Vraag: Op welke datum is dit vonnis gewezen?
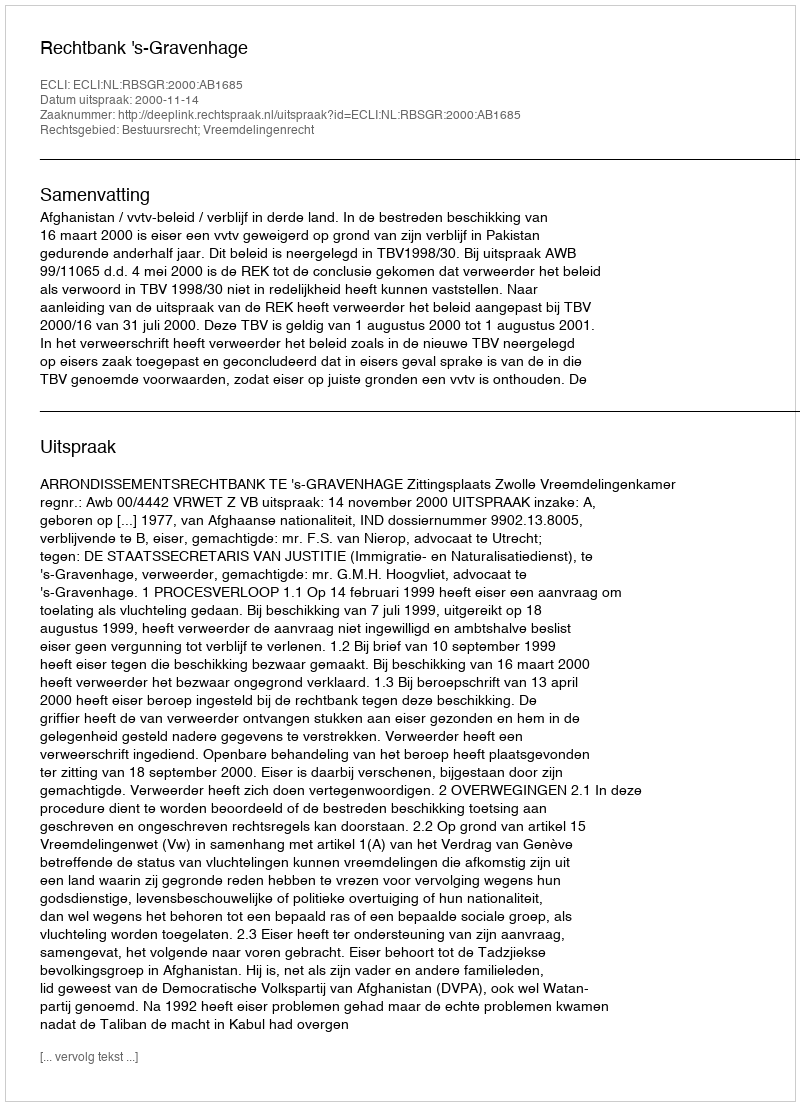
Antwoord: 2000-11-14